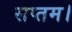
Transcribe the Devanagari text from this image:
सप्तम।